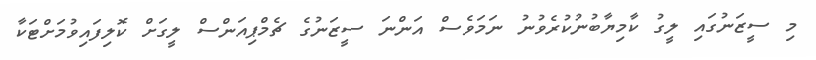
މި ސީޒަނުގައި ލީގު ކާމިޔާބުނުކުރެވުނު ނަމަވެސް އަންނަ ސީޒަނުގެ ޗެމްޕިއަންސް ލީގަށް ކޮލިފައިވުމަށްޓަކާ